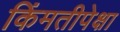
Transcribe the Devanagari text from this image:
किंमतीपेक्षा